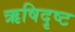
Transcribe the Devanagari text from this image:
ऋषिदृष्ट